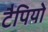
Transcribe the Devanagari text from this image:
टैपियो